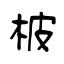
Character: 柀